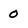
Character: 0